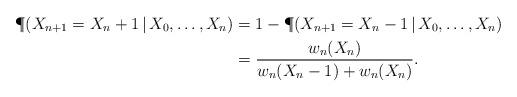
LaTeX: \begin{align*}\P(X_{n+1}=X_n+1\,|\,X_0,\ldots,X_n)&=1-\P(X_{n+1}=X_n-1\,|\,X_0,\ldots,X_n) \\ &=\frac{w_n (X_n)}{w_n(X_n-1)+w_n(X_n)}.\end{align*}